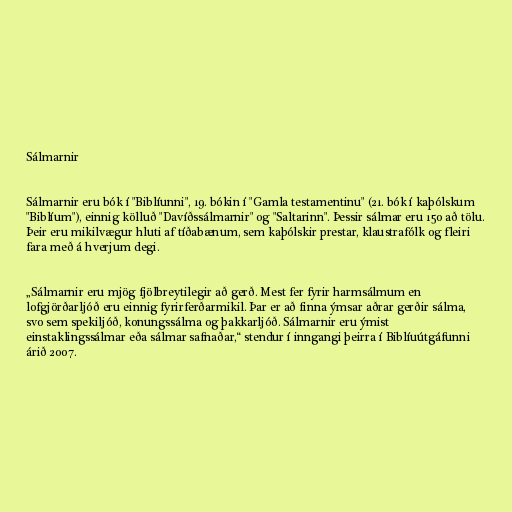
Sálmarnir

Sálmarnir eru bók í "Biblíunni", 19. bókin í "Gamla testamentinu" (21. bók í kaþólskum
"Biblíum"), einnig kölluð "Davíðssálmarnir" og "Saltarinn". Þessir sálmar eru 150 að tölu.
Þeir eru mikilvægur hluti af tíðabænum, sem kaþólskir prestar, klaustrafólk og fleiri
fara með á hverjum degi.

„Sálmarnir eru mjög fjölbreytilegir að gerð. Mest fer fyrir harmsálmum en
lofgjörðarljóð eru einnig fyrirferðarmikil. Þar er að finna ýmsar aðrar gerðir sálma,
svo sem spekiljóð, konungssálma og þakkarljóð. Sálmarnir eru ýmist
einstaklingssálmar eða sálmar safnaðar,“ stendur í inngangi þeirra í Biblíuútgáfunni
árið 2007.